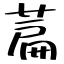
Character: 萹